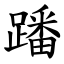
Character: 蹯